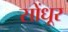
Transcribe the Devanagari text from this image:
सोंधूर